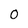
Character: O